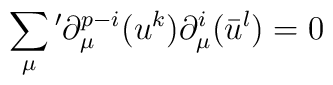
\sum_{\mu}{}'\partial_{\mu}^{p-i}(u^k)   \partial_{\mu}^i(\bar{u}^l)=0